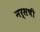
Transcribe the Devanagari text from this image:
नर्सची